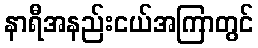
နာရီအနည်းငယ်အကြာတွင်